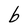
Character: b